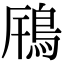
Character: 𩿫